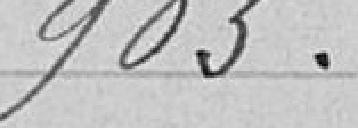
903.